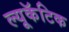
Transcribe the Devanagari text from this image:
ल्यूकॅटिक